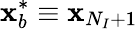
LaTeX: \mathbf{x}_{b}^{*}\equiv\mathbf{x}_{N_{I}+1}